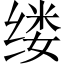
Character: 缕